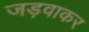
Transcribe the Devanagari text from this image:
जड़वाकर